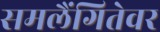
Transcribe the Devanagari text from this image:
समलैंगितेवर